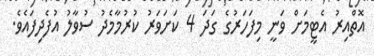
އޮތްއިރު އެޓީމަށް ވަނީ މިފަހަރުގެ ގަދަ 4 ކަށަވަރު ކުރުމާމެދު ސުވާލު އުފެދިފައެވެ.